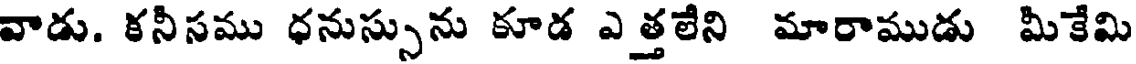
వాడు. కనీసము ధనుస్సును కూడ ఎత్తలేని మారాముడు మీకేమి